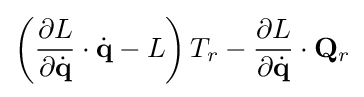
\left({\frac {\partial L}{\partial {\dot {\mathbf {q} }}}}\cdot {\dot {\mathbf {q} }}-L\right)T_{r}-{\frac {\partial L}{\partial {\dot {\mathbf {q} }}}}\cdot \mathbf {Q} _{r}